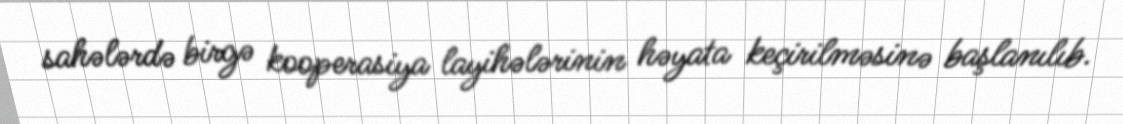
sahələrdə birgə kooperasiya layihələrinin həyata keçirilməsinə başlanılıb.